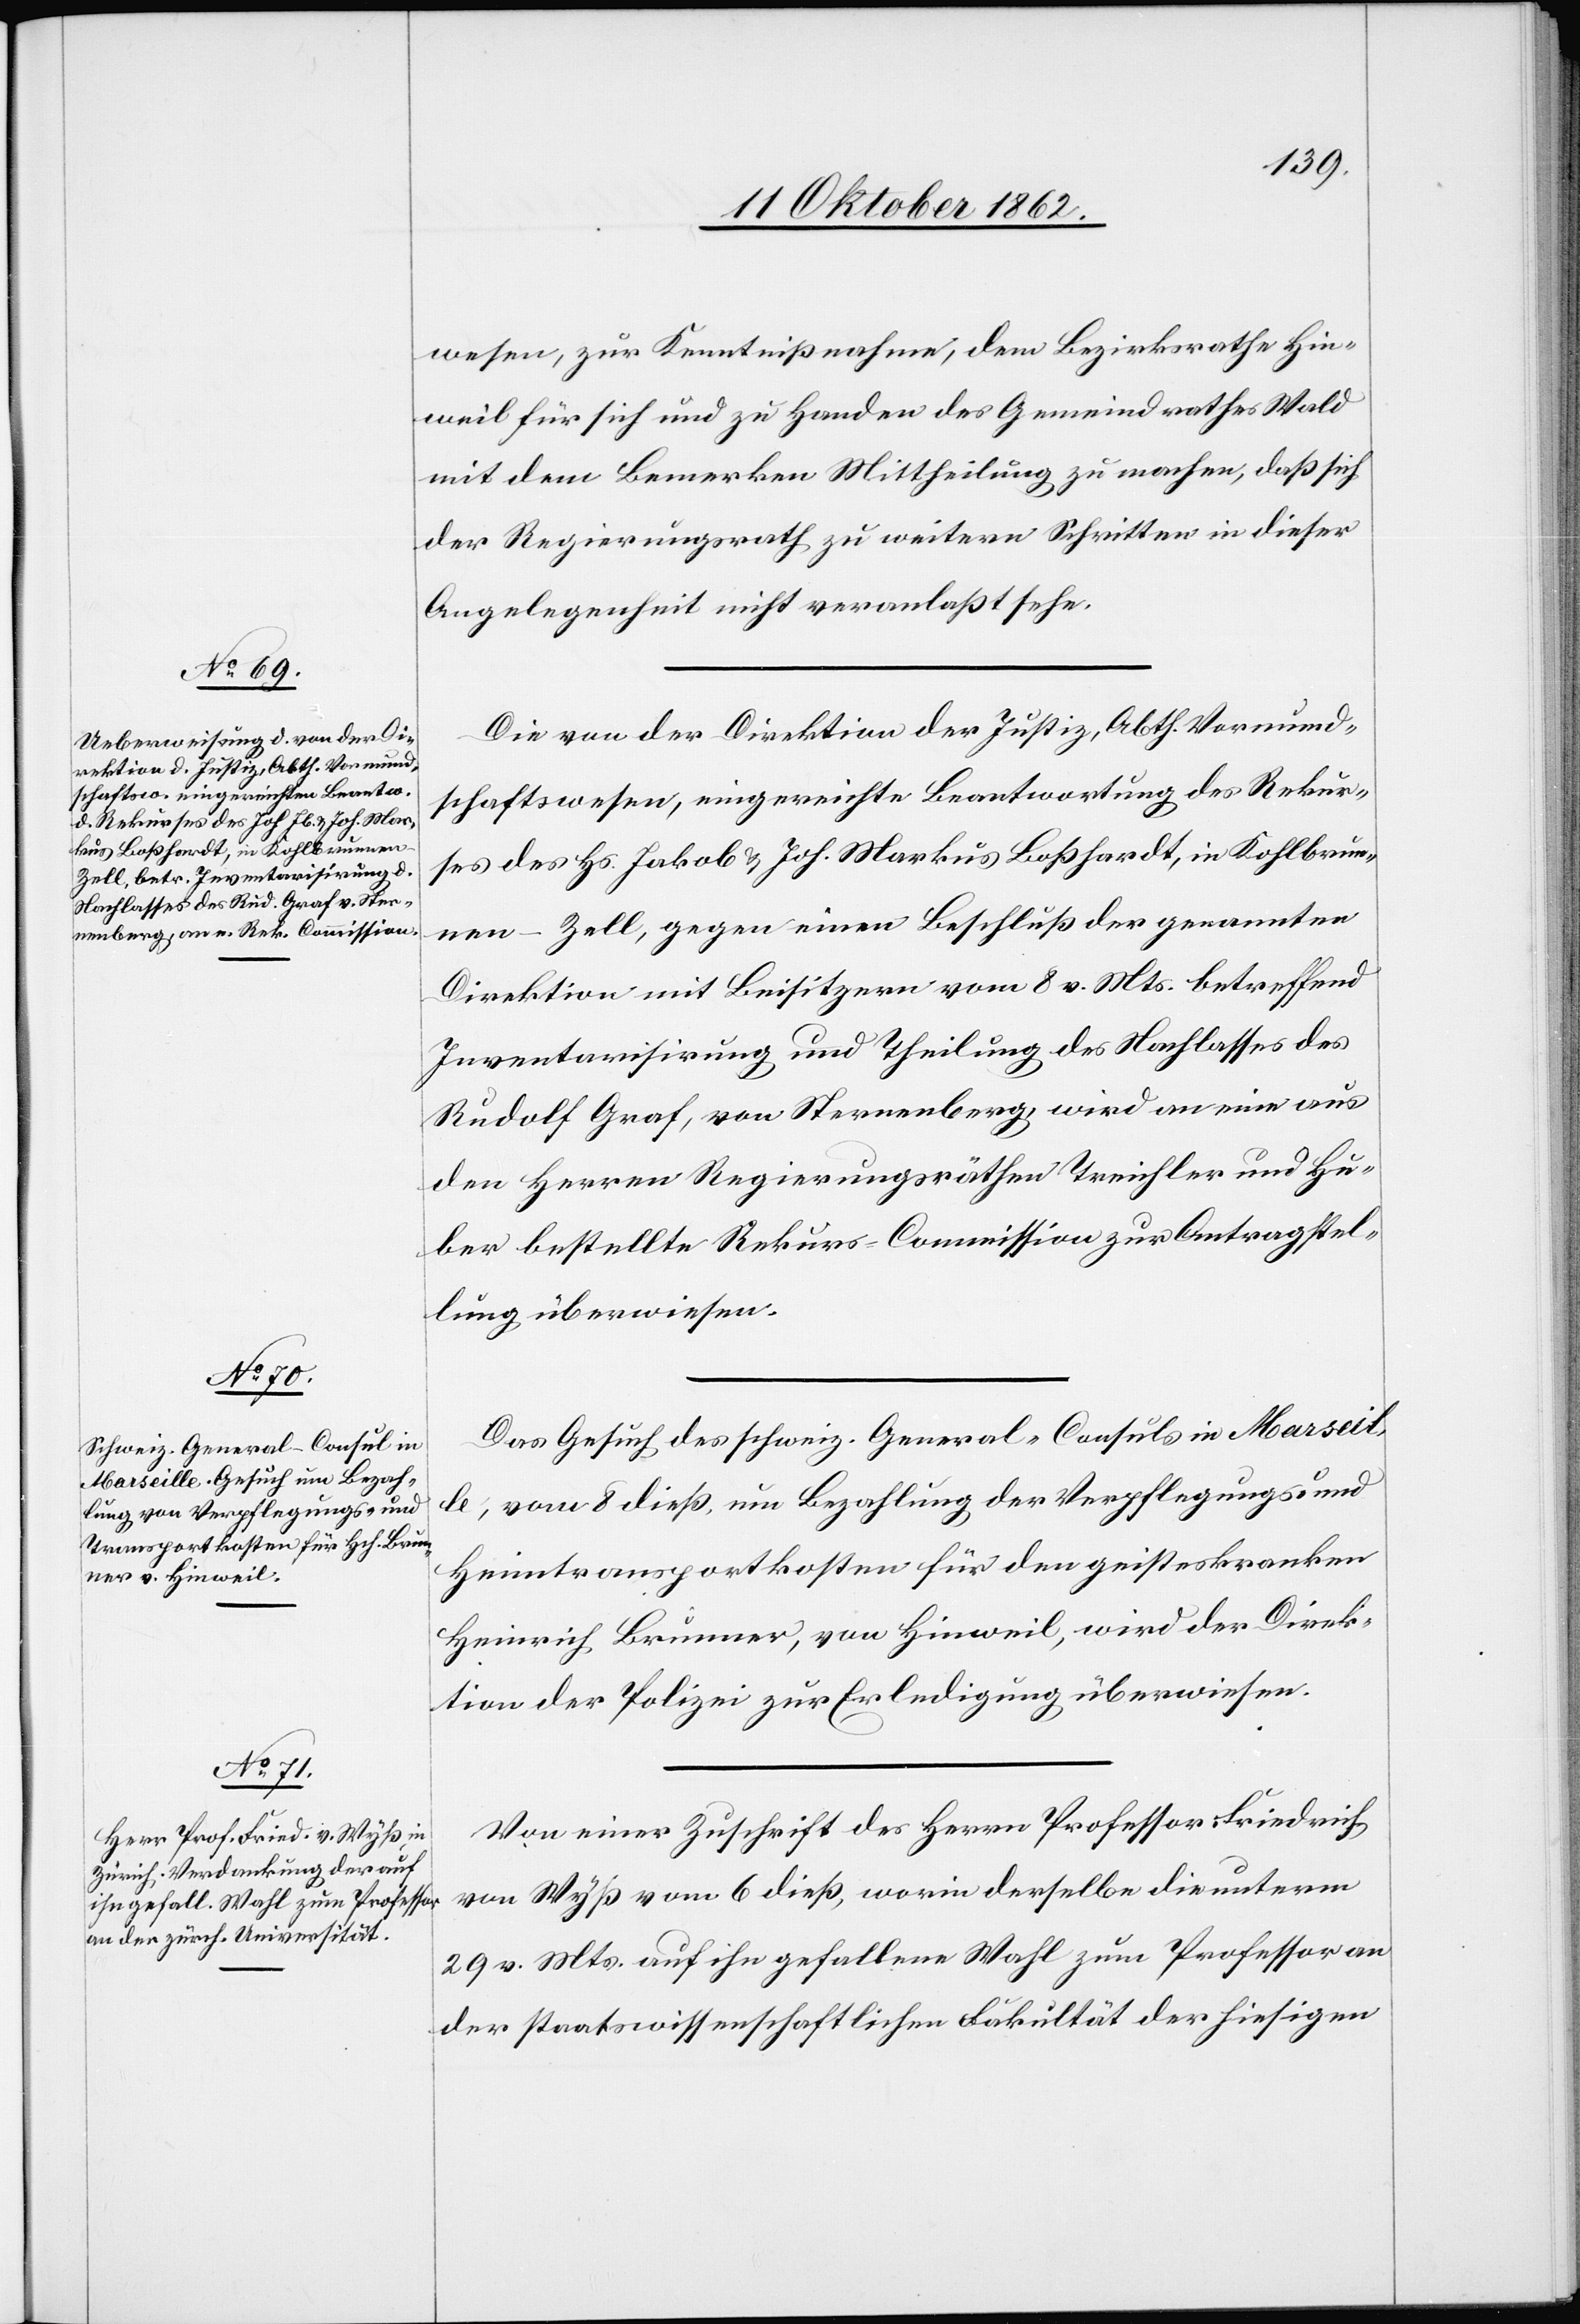
wesen, zur Kenntnißnahme, dem Bezirksrathe Hin¬
weil für sich und zu Handen des Gemeindrathes Wald
mit dem Bemerken Mittheilung zu machen, daß sich
der Regierungsrath zu weitern Schritten in dieser
Angelegenheit nicht veranlaßt sehe.
Die von der Direktion der Justiz, Abth. Vormund¬
schaftswesen, eingereichte Beantwortung des Rekur¬
ses des Hs. Jakob u. Joh. Markus Boßhardt, in Kohlbrun¬
nen-Zell, gegen einen Beschluß der genannten
Direktion mit Beisitzern vom 8. v. Mts. betreffend
Inventarisirung und Theilung des Nachlasses des
Rudolf Graf, von Sternenberg, wird an eine aus
den Herren Regierungsräthen Treichler und Hu¬
ber bestellte Rekurs-Commission zur Antragstel¬
lung überwiesen.
Das Gesuch des schweiz. General-Consuls in Marseill¬
e, vom 8. dieß, um Bezahlung der Verpflegungs- und
Heimtransportkosten für den geisteskranken
Heinrich Brunner, von Hinweil, wird der Direk¬
tion der Polizei zur Erledigung überwiesen.
Von einer Zuschrift des Herrn Professor Friedrich
von Wyß vom 6. dieß, worin derselbe die unterm
29. v. Mts. auf ihn gefallene Wahl zum Professor an
der staatswissenschaftlichen Fakultät der hiesigen